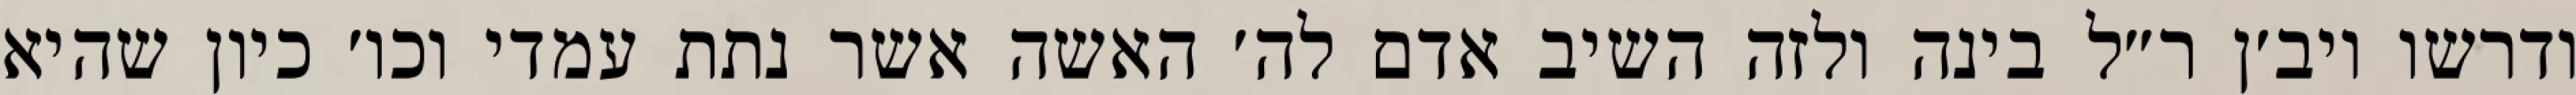
ודרשו ויב׳ן ר״ל בינה ולזה השיב אדם לה׳ האשה אשר נתת עמדי וכו׳ כיון שהיא